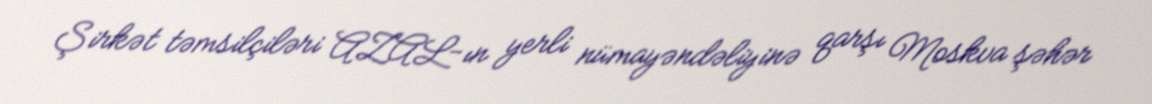
Şirkət təmsilçiləri AZAL-ın yerli nümayəndəliyinə qarşı Moskva şəhər